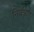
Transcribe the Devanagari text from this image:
निर्यंत्रण